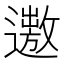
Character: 𨗯